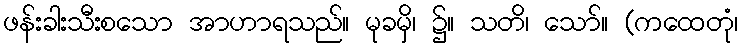
ဖန်းခါးသီးစသော အာဟာရသည်။ မုခမှိ၊ ၌။ သတိ၊ သော်။ (ကထေတုံ၊